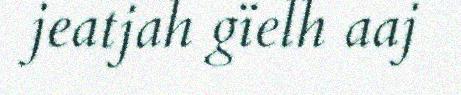
jeatjah gïelh aaj